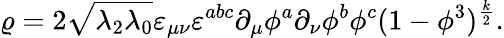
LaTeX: \varrho=2\sqrt{\lambda_{2}\lambda_{0}}\varepsilon_{\mu\nu}\varepsilon^{abc}\partial_{\mu}\phi^{a}\partial_{\nu}\phi^{b}\phi^{c}(1-\phi^{3})^{\frac{k}{2}}.